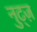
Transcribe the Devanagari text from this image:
नुट्ज़